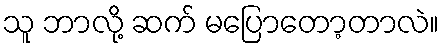
သူ ဘာလို့ ဆက် မပြောတော့တာလဲ။